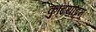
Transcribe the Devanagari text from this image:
कुटियाट्टम्